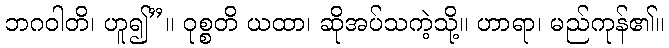
ဘဂဝါတိ၊ ဟူ၍”။ ဝုစ္စတိ ယထာ၊ ဆိုအပ်သကဲ့သို့။ ဟာရာ၊ မည်ကုန်၏။